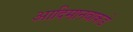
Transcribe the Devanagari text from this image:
आदिमानवाकडे